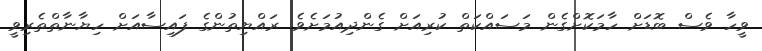
ވީހާ ވެސް ބޮޑަށް ހާމަކޮށްގެން މަސައްކަތް ކުރިއަށް ގެންދިއުމަށެވެ. ރައްޔިތުންގެ ފައިސާއަށް ހިޔާނާތްތެރިވީ